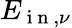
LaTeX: E_{\mathrm{~i~n~},\nu}